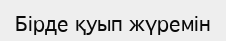
Бірде қуып жүремін